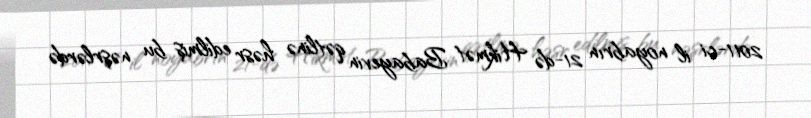
2011-ci il noyabrın 21-də Hikmət Babayevin qətlinə həsr edilmiş bu nəşrlərdə